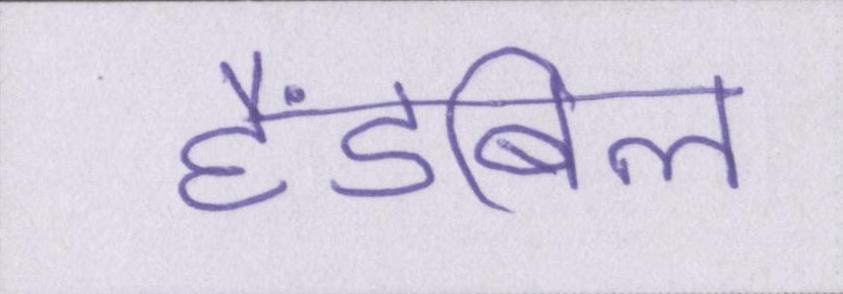
हैंडबिल